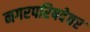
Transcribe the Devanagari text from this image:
नगरपरिषदेवर